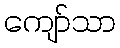
ကျော်သာ